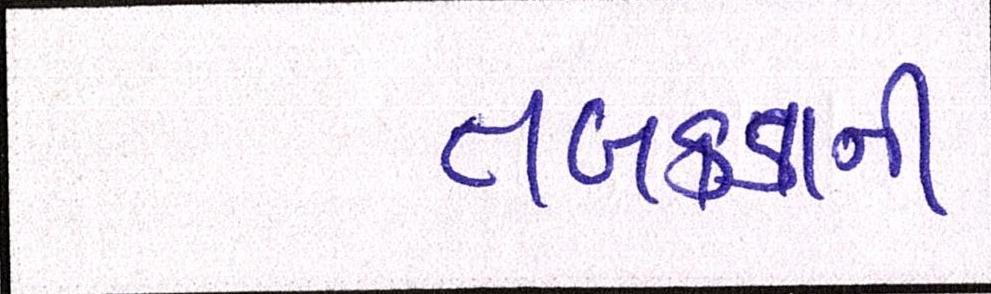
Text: તબક્કાની